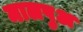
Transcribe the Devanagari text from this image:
मालपुअ